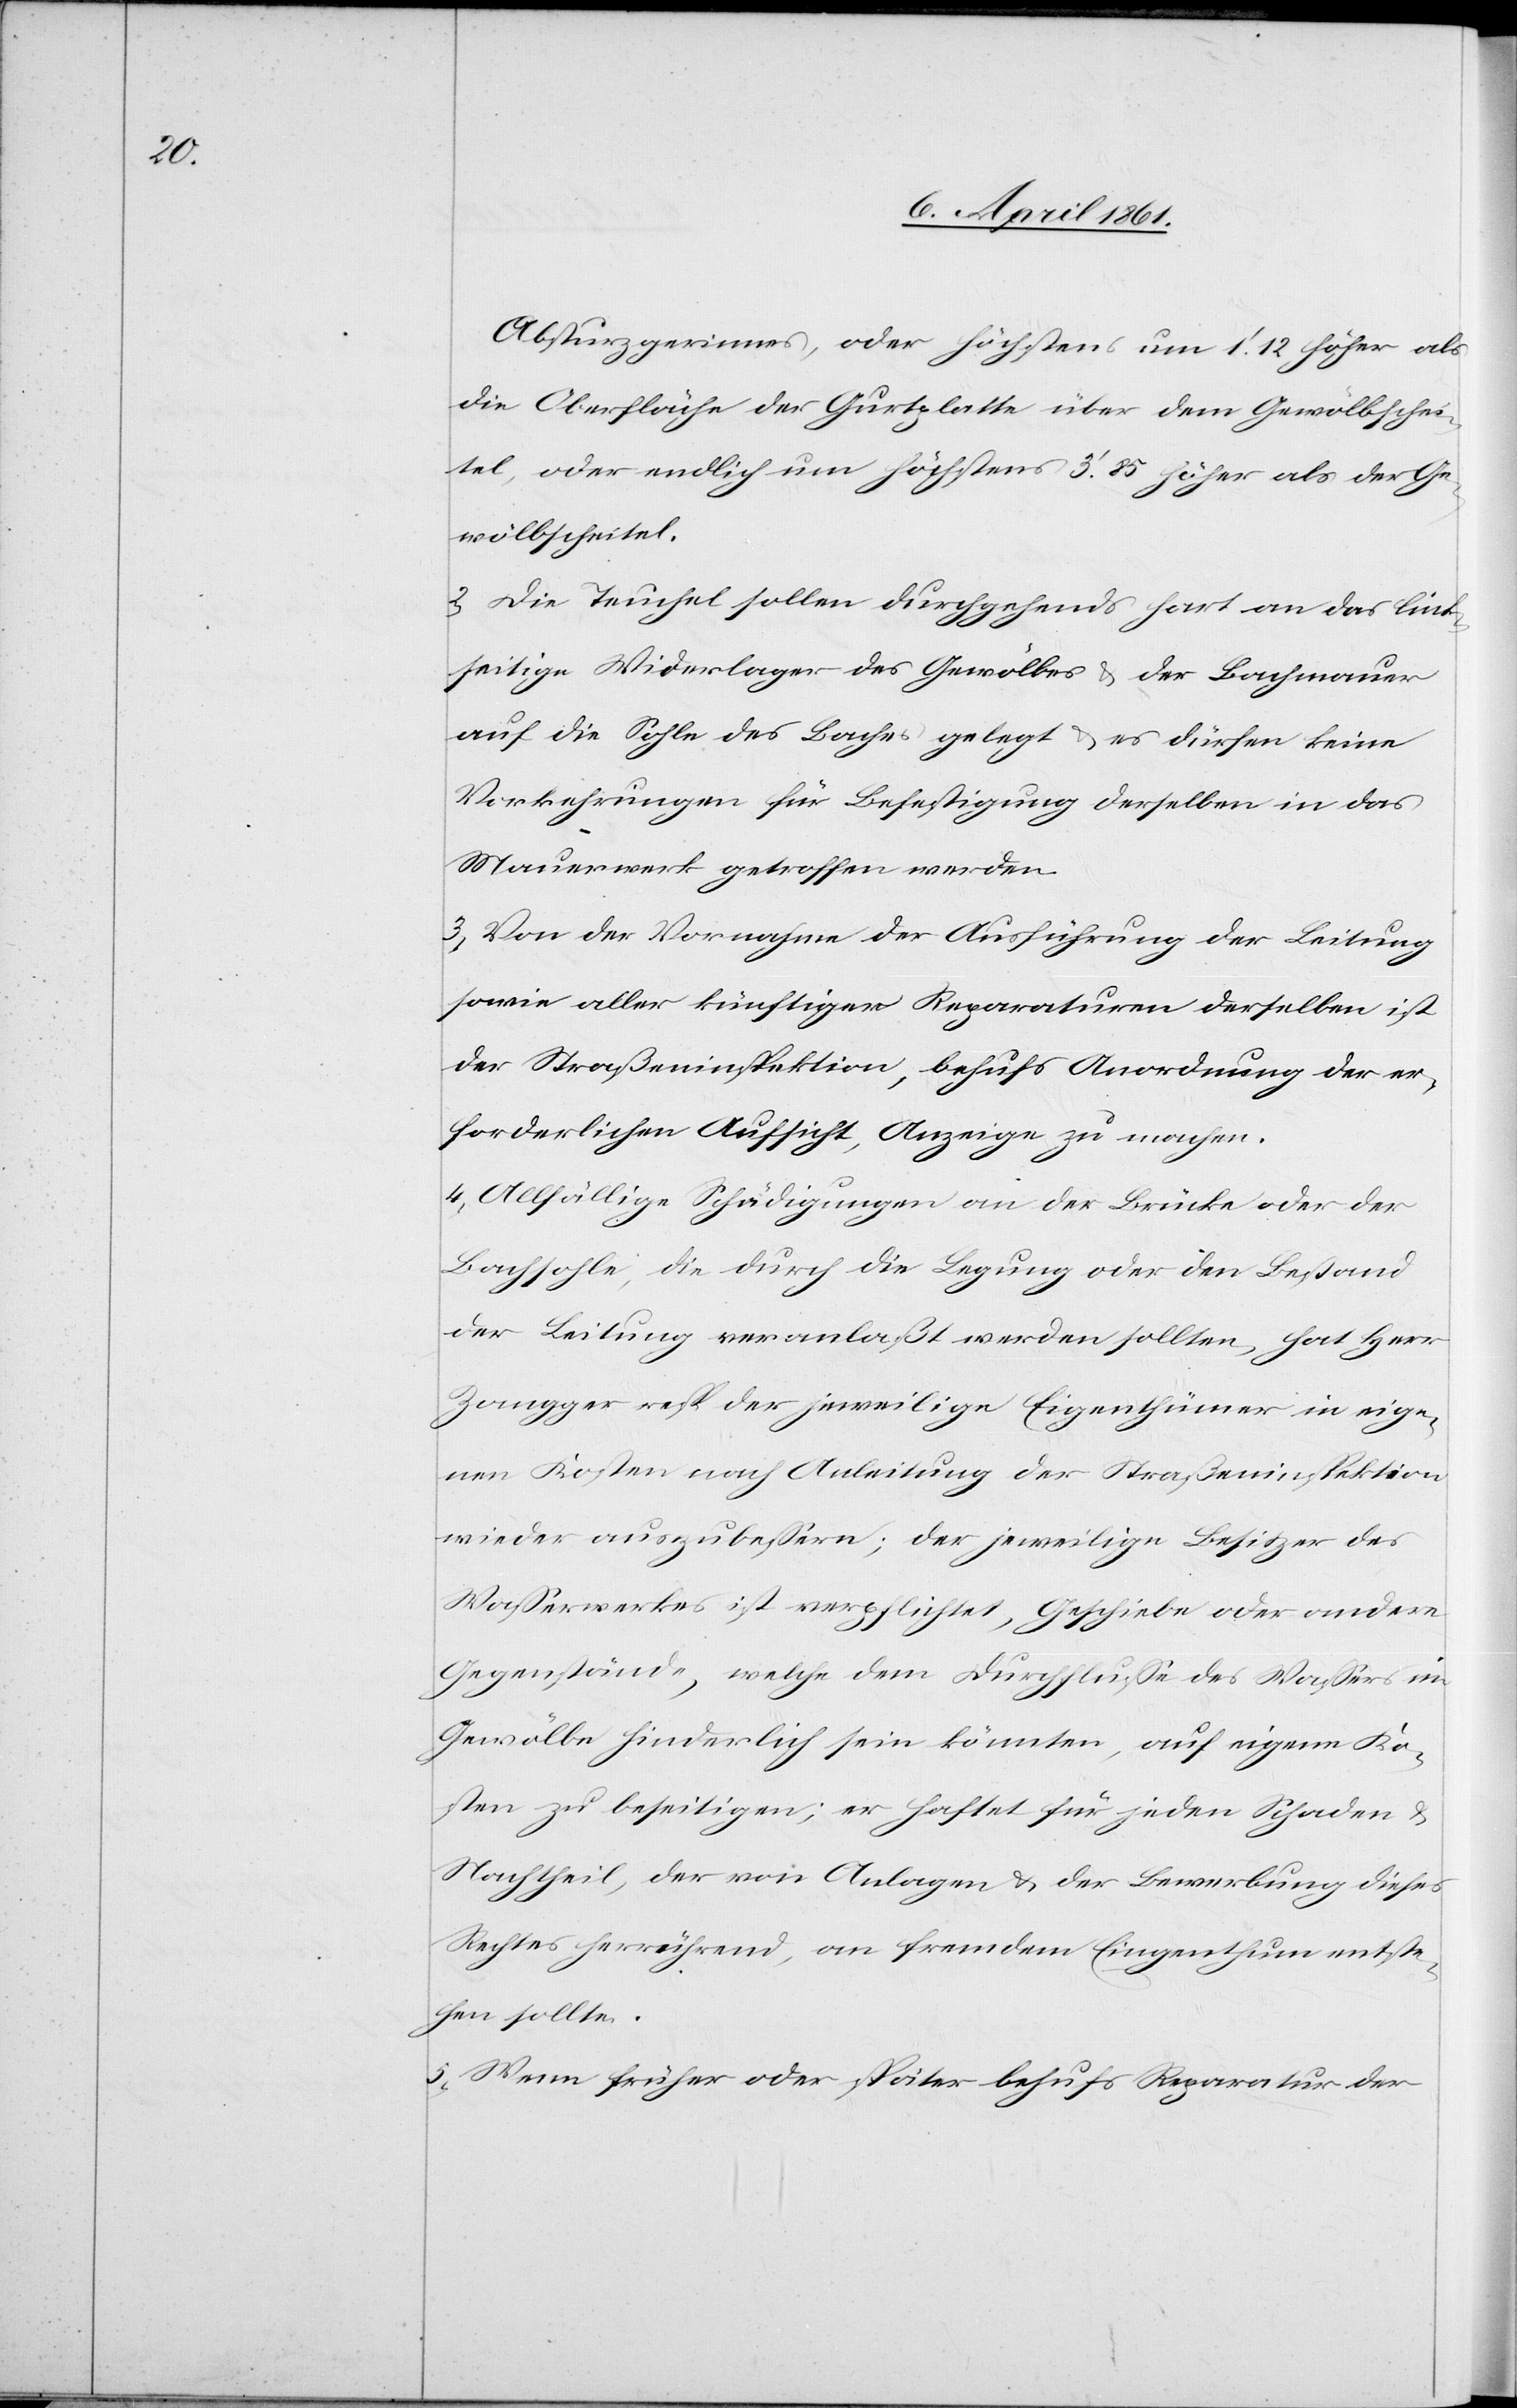
Absturzgerinnes, oder höchstens um 1’ 12[’’] höher als
die Oberfläche der Gurtplatte über dem Gewölbschei¬
tel oder endlich um höchstens 3’ 85[’’] höher als der Ge¬
wölbscheitel.
2. Die Teuchel sollen durchgehends hart an das link¬
seitige Widerlager des Gewölbes u. der Bachmauer
auf die Sohle des Baches gelegt u. es dürfen keine
Vorkehrungen für Befestigung derselben in das
Mauerwerk getroffen werden.
3. Von der Vornahme der Ausführung der Leitung
sowie aller künftiger Reparaturen derselben ist
der Straßeninspektion, behufs Anordnung der er¬
forderlichen Aufsicht, Anzeige zu machen.
4. Allfällige Schädigungen an der Brücke oder der
Bachsohle, die durch die Legung oder den Bestand
der Leitung veranlaßt werden sollten, hat Herr
Zangger resp. der jeweilige Eigenthümer in eige¬
nen Kosten nach Anleitung der Straßeninspektion
wieder auszubessern; der jeweilige Besitzer des
Wasserwerkes ist verpflichtet, Geschiebe oder andere
Gegenstände, welche dem Durchflusse des Wassers im
Gewölbe hinderlich sein könnten, auf eigene Ko¬
sten zu beseitigen; er haftet für jeden Schaden u.
Nachtheil, der von Anlagen u. der Bewerbung dieses
Rechtes herrührend, an fremdem Eigenthum entste¬
hen sollte.
5. Wenn früher oder später behufs Reparatur der